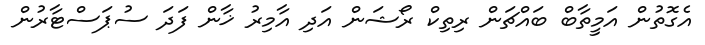
އެގޮތުން އަމީތާބް ބައްޗަން ރިތިކް ރޯޝަން އަދި އާމިރު ޚާން ފަދަ ސުޕަސްޓާރުން